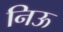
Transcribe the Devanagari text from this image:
निऊ